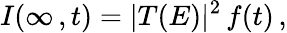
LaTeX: I(\infty\, ,t)=|T(E)|^{2}\, f(t)\, ,